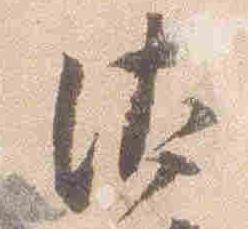
汰